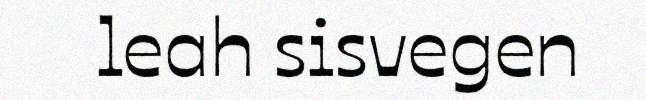
leah sisvegen